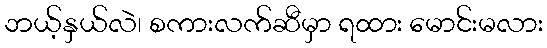
ဘယ့်နှယ်လဲ၊ စကားလက်ဆီမှာ ရထား မောင်းမလား